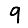
Digit: 9